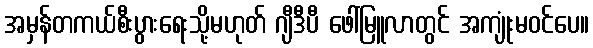
အမှန်တကယ်စီးပွားရေးသို့မဟုတ် ဂျီဒီပီ ဖေါ်မြူလာတွင် အကျုံးမဝင်ပေ။